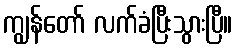
ကျွန်တော် လက်ခံပြီးသွားပြီ။